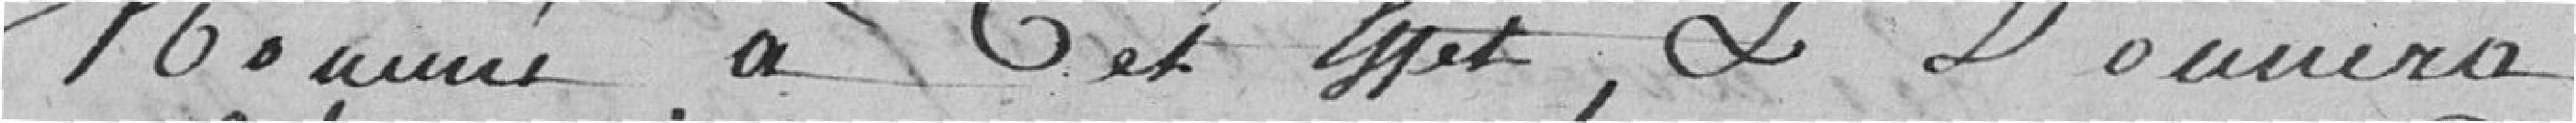
Nommé à cet effet, & Donnera